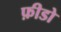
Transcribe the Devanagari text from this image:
फ़ीडो